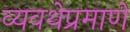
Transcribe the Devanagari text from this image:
व्यवथेप्रमाणे